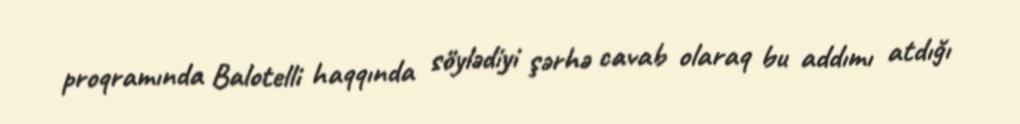
proqramında Balotelli haqqında söylədiyi şərhə cavab olaraq bu addımı atdığı